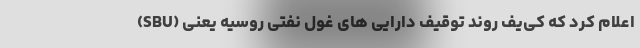
(SBU) اعلام کرد که کی‌یف روند توقیف دارایی های غول نفتی روسیه یعنی